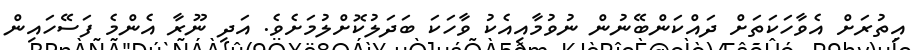
އިތުރަށް އެވާހަކަތަށް ދައްކަންބޭނުން ނުވުމާއިއެކު ވާހަކަ ބަދަލުކޮށްލުމަށެވެ. އަދި ނޫރާ އެންމެ ފަސޭހައިން